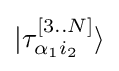
|{\tau _{\alpha _{1}i_{2}}^{[3..N]}}\rangle